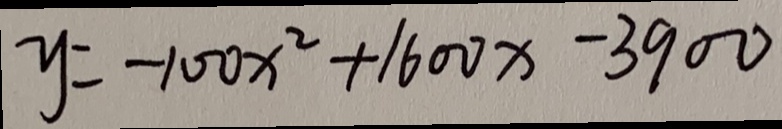
y = - 1 0 0 x ^ { 2 } + 1 6 0 0 x - 3 9 0 0